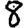
Digit: 8